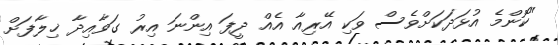
"ކޮންމެ އުޅަދަކަށްވެސް ވަކި އޭރިއާ އެއް ދީފަ އިންނަ އިރު ގަވާއިދާ ޚިލާފަށް